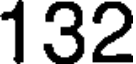
132